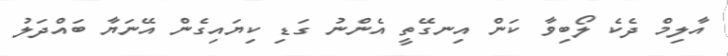
އާލިމް ދެކެ ލޯބިވާ ކަން އިނގޭތީ އެންނު ގަޑި ކިޔައިގެން އޭނަޔާ ބައްދަލު